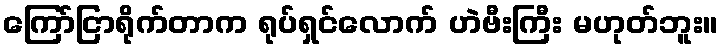
ကြော်ငြာရိုက်တာက ရုပ်ရှင်လောက် ဟဲဗီးကြီး မဟုတ်ဘူး။